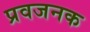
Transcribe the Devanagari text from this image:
प्रवजनक